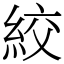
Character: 絞